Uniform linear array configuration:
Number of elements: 8
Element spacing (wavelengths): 0.25
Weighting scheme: blackman
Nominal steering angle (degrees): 15
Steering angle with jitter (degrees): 14.795
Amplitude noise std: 0.05
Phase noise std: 0.05

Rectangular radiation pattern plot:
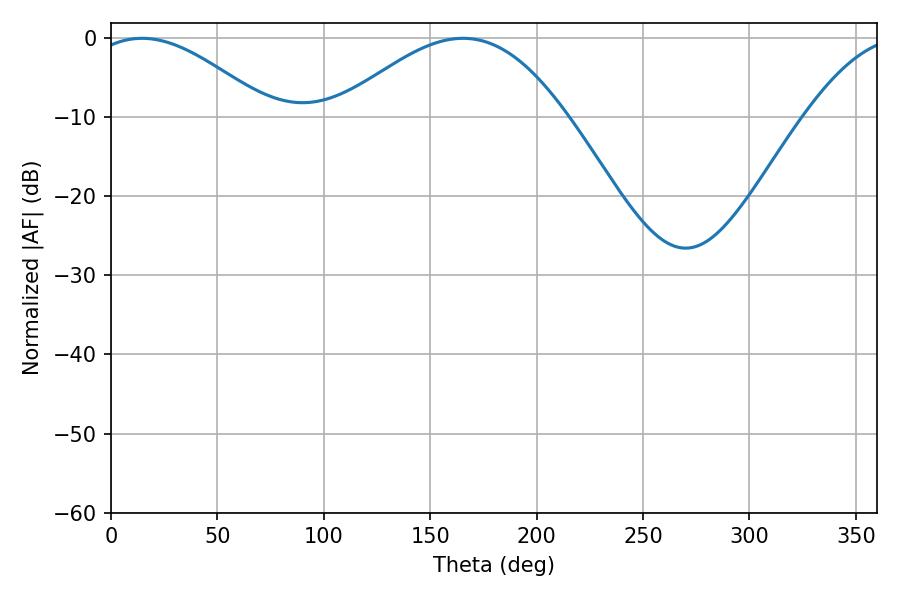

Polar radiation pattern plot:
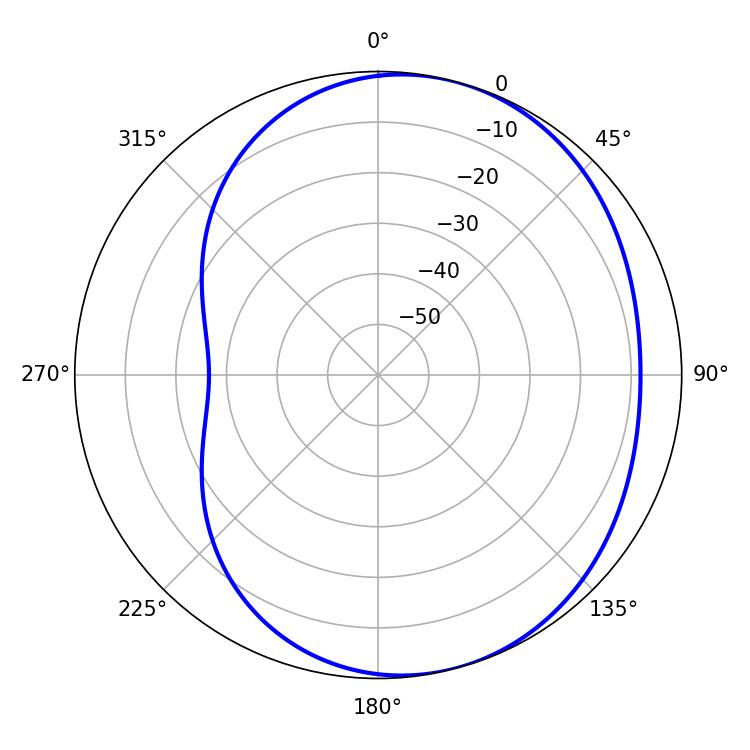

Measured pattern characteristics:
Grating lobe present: FALSE
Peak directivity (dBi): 4.644
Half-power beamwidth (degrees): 45.9
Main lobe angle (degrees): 14.58